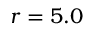
r = 5 . 0 \AA